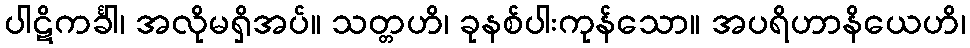
ပါဋိကင်္ခါ၊ အလိုမရှိအပ်။ သတ္တဟိ၊ ခုနစ်ပါးကုန်သော။ အပရိဟာနိယေဟိ၊